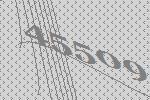
45509